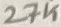
Text: 27K